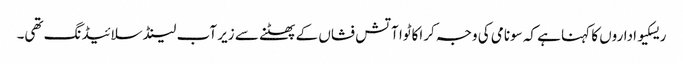
ریسکیو اداروں کا کہنا ہے کہ سونامی کی وجہ کراکاٹوا آتش فشاں کے پھٹنے سے زیر آب لینڈ سلائیڈنگ تھی۔